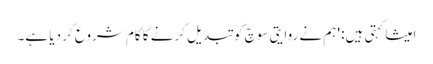
امیشا کہتی ہیں: 'ہم نے روایتی سوچ کو تبدیل کرنے کا کام شروع کر دیا ہے۔